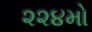
૨૨૪મો